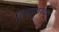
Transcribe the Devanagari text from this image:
रिक्तताको